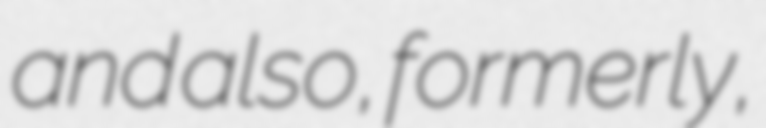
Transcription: and also, formerly,